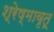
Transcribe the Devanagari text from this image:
श्रेष्मावृतू